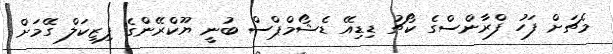
މެޗަށް ފަހު ފްރާންސްގެ ކޯޗު ޑިޑިއޭ ޑެޝޯމްޕްސް ބުނީ ޔޫކްރޭންގެ ފިޒިކަލް ގޭމަށް